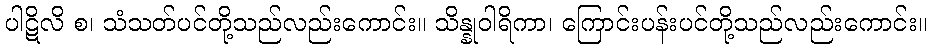
ပါဋိလိ စ၊ သံသတ်ပင်တို့သည်လည်းကောင်း။ သိန္နုဝါရိကာ၊ ကြောင်းပန်းပင်တို့သည်လည်းကောင်း။